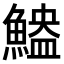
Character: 𫙬